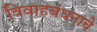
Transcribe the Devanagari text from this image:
विवाहबंधनाचे